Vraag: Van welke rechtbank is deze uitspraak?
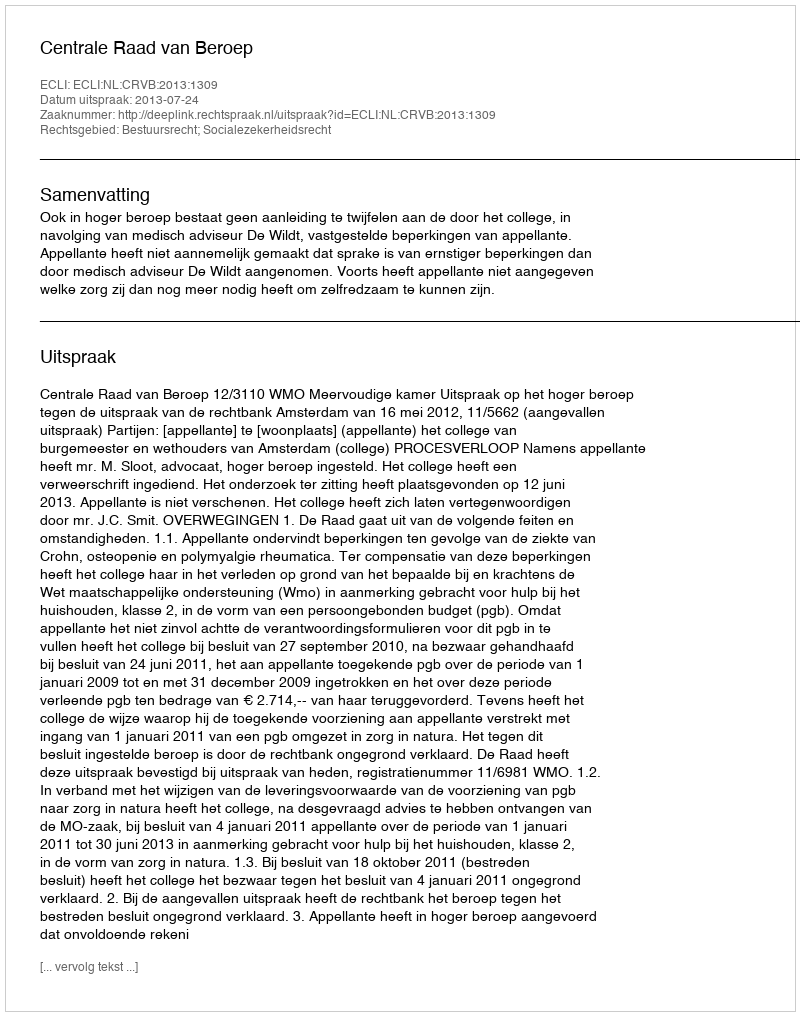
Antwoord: Centrale Raad van Beroep